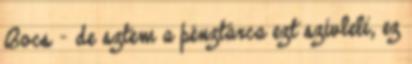
Bocs - de sztem a pénztárca ezt szívleli, ez